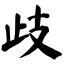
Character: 歧